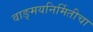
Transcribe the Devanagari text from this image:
वाङ्मयनिर्मितीचा